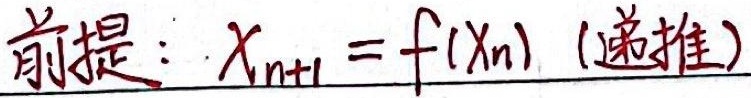
前提：$x_{n + 1}=f(x_n)$ (递推)